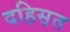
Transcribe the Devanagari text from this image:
दहिस़त